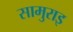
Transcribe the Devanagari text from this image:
सामुराइ